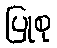
ပြုစု